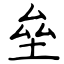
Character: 垒